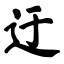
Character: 迂